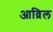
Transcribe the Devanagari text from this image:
आव्रिल